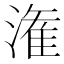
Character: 潅